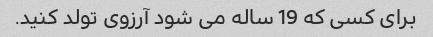
برای کسی که 19 ساله می شود آرزوی تولد کنید.